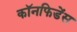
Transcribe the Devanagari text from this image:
कॉनफिडेंस